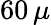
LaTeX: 60\, \mu